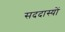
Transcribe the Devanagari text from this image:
सददास्यों